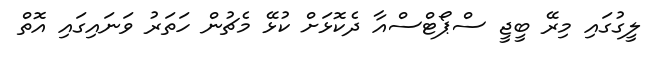
ލީގުގައި މިރޭ ބީޖީ ސްޕޯޓްސްއާ ދެކޮޅަށް ކުޅޭ މެޗުން ހަތަރު ވަނައިގައި އޮތް